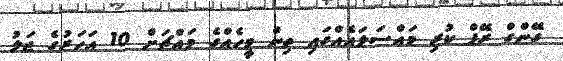
ގޭންގް ރޭޕް ކުރި މައްސަލައެއްގައި ތިން މީހެއްގެ މައްޗަށް 10 އަހަރުގެ ޖަލު